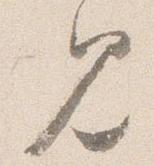
見